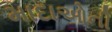
માદાઓની